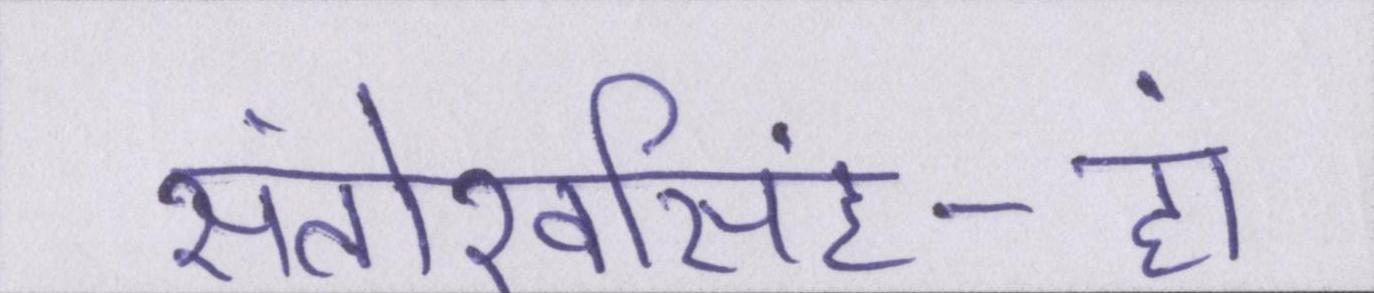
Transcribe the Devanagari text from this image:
संतोखसिंह-हां